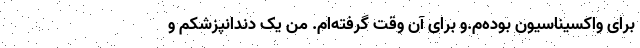
برای واکسیناسیون بوده‌م.و برای آن وقت گرفته‌ام. من یک دندانپزشکم و